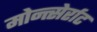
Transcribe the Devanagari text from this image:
मोन्त्सेर्राट